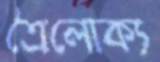
ত্রৈলোক্য